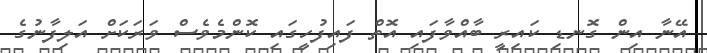
އޭނާ އިން ގޮނޑި ކައިރީ ބާއްވާފައި އޮތް ފައިފުހީގައި ކޮންމެވެސް ވަރަކަށް އަލިފާނުގެ